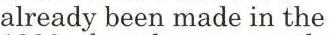
already been made in the